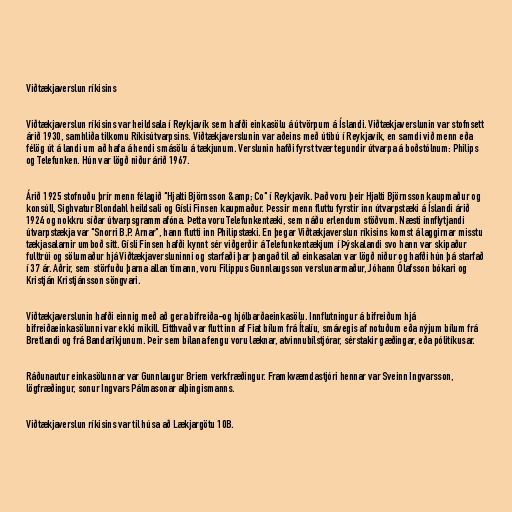
Viðtækjaverslun ríkisins

Viðtækjaverslun ríkisins var heildsala í Reykjavík sem hafði einkasölu á útvörpum á Íslandi. Viðtækjaverslunin var stofnsett
árið 1930, samhliða tilkomu Ríkisútvarpsins. Viðtækjaverslunin var aðeins með útibú í Reykjavík, en samdi við menn eða
félög út á landi um að hafa á hendi smásölu á tækjunum. Verslunin hafði fyrst tvær tegundir útvarpa á boðstólnum: Philips
og Telefunken. Hún var lögð niður árið 1967.

Árið 1925 stofnuðu þrír menn félagið "Hjalti Björnsson &amp; Co" í Reykjavík. Það voru þeir Hjalti Björnsson kaupmaður og
konsúll, Sighvatur Blondahl heildsali og Gísli Finsen kaupmaður. Þessir menn fluttu fyrstir inn útvarpstæki á Íslandi árið
1924 og nokkru síðar útvarpsgrammafóna. Þetta voru Telefunkentæki, sem náðu erlendum stöðvum. Næsti innflytjandi
útvarpstækja var "Snorri B.P. Arnar", hann flutti inn Philipstæki. En þegar Viðtækjaverslun ríkisins komst á laggirnar misstu
tækjasalarnir umboð sitt. Gísli Finsen hafði kynnt sér viðgerðir á Telefunkentækjum í Þýskalandi svo hann var skipaður
fulltrúi og sölumaður hjá Viðtækjaversluninni og starfaði þar þangað til að einkasalan var lögð niður og hafði hún þá starfað
í 37 ár. Aðrir, sem störfuðu þarna allan tímann, voru Filippus Gunnlaugsson verslunarmaður, Jóhann Ólafsson bókari og
Kristján Kristjánsson söngvari.

Viðtækjaverslunin hafði einnig með að gera bifreiða-og hjólbarðaeinkasölu. Innflutningur á bifreiðum hjá
bifreiðaeinkasölunni var ekki mikill. Eitthvað var flutt inn af Fiat bílum frá Ítalíu, smávegis af notuðum eða nýjum bílum frá
Bretlandi og frá Bandaríkjunum. Þeir sem bílana fengu voru læknar, atvinnubílstjórar, sérstakir gæðingar, eða pólitíkusar.

Ráðunautur einkasölunnar var Gunnlaugur Briem verkfræðingur. Framkvæmdastjóri hennar var Sveinn Ingvarsson,
lögfræðingur, sonur Ingvars Pálmasonar alþingismanns.

Viðtækjaverslun ríkisins var til húsa að Lækjargötu 10B.